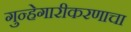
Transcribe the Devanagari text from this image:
गुन्हेगारीकरणाचा